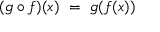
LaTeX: ( g \circ f ) ( x ) \ = \ g ( f ( x ) )